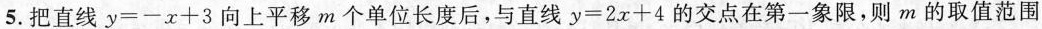
5.把直线$$y = x + 3$$向上平移m个单位长度后，与直线$$y = 2 x + 4$$的交点在第一象限，则m的取值范围